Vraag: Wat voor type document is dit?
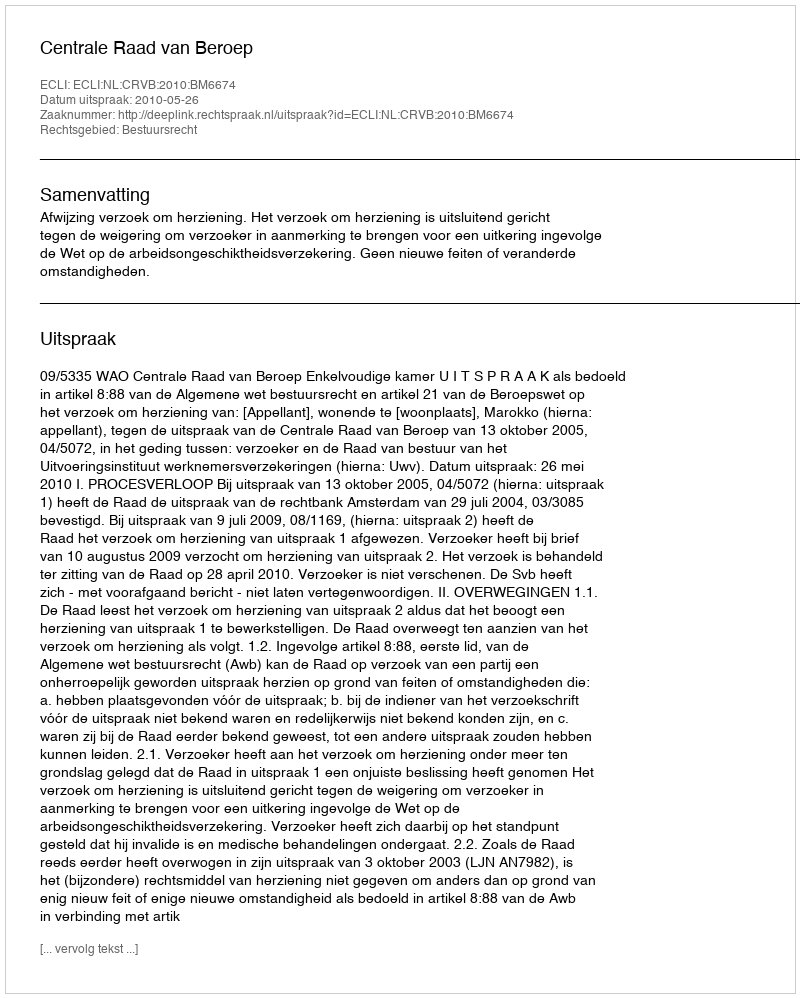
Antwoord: Uitspraak